Lunatic asylums Punjab 1911-1921 - 1911-1921
Year: 1911
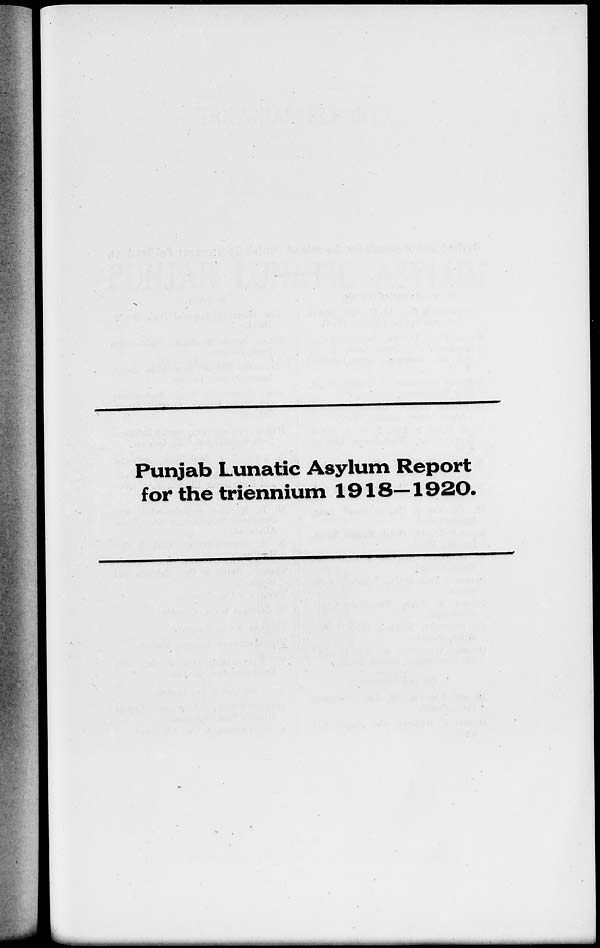
Punjab Lunatic Asylum Report
for the triennium 1918—1920.